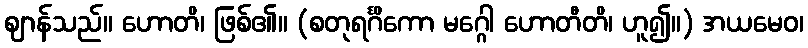
ဈာန်သည်။ ဟောတိ၊ ဖြစ်၏။ (စတုရင်္ဂိကော မဂ္ဂေါ ဟောတီတိ၊ ဟူ၍။) အယမေဝ၊